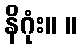
နိဂုံး။ ။